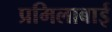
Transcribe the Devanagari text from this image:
प्रमिलाबाई